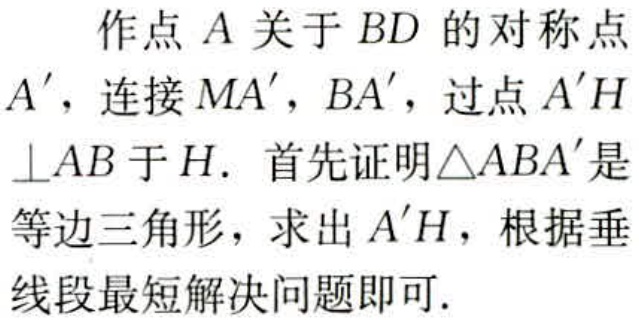
作点 \(A\) 关于 \(BD\) 的对称点

\(A'\)，连接 \(MA'\)，\(BA'\)，过点 \(A'H\)

\(\perp AB\) 于 \(H\). 首先证明 \(\triangle ABA'\) 是

等边三角形，求出 \(A'H\)，根据垂

线段最短解决问题即可.